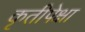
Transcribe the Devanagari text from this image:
कृतीपेक्षा